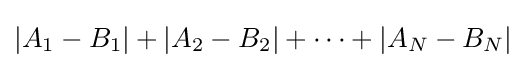
|A_{1}-B_{1}|+|A_{2}-B_{2}|+\cdots +|A_{N}-B_{N}|